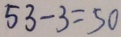
5 3 - 3 = 5 0